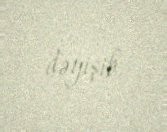
dəyişib.